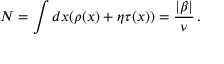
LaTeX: N = \int d x ( \rho ( x ) + \eta \tau ( x ) ) = { \frac { | \beta | } { \nu } } \, .